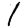
Digit: 1